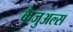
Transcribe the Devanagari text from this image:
कैजुअल्स